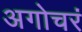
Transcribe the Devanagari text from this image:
अगोचरं